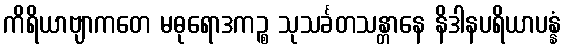
ကိရိယာဗျာကတေ မဓုရောဒကဉ္စ သုသင်္ခတသန္တာနေ နိဒါနပရိယာပန္နံ